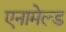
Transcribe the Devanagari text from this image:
एनामेल्ड